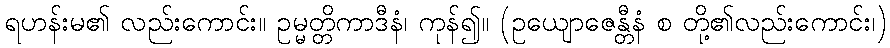
ရဟန်းမ၏ လည်းကောင်း။ ဥမ္မတ္တိကာဒီနံ၊ ကုန်၍။ (ဥယျောဇေန္တီနံ စ တို့၏လည်းကောင်း၊)